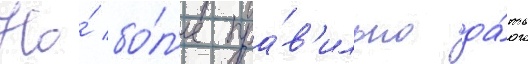
Но́ бо́л'ее пра́в'ильно да́ть